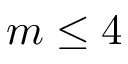
m \leq 4